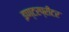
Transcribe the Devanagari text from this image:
इण्टरप्रीटर